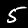
Digit: 5